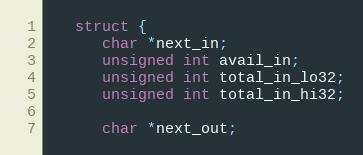
Language: C
   struct {
      char *next_in;
      unsigned int avail_in;
      unsigned int total_in_lo32;
      unsigned int total_in_hi32;

      char *next_out;